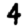
Digit: 4